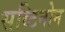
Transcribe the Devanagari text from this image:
सब्टिनोन